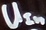
Text: UIn